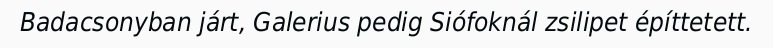
Badacsonyban járt, Galerius pedig Siófoknál zsilipet építtetett.